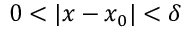
0 < | x - x _ { 0 } | < \delta